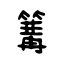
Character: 篝